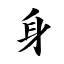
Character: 身